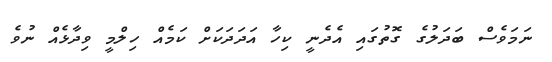
ނަމަވެސް ބަދަލުގެ ގޮތުގައި އެދެނީ ކިހާ އަދަދަކަށް ކަމެއް ހިލްމީ ވިދާޅެއް ނުވެ